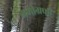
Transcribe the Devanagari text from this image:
ममोग्रफी